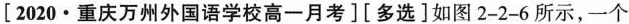
[2020 · 重庆万州外国语学校高一月考][多选]如图2-2-6所示，一个